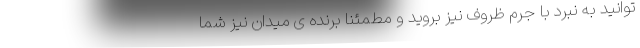
توانید به نبرد با جرم ظروف نیز بروید و مطمئنا برنده ی میدان نیز شما